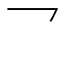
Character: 乛